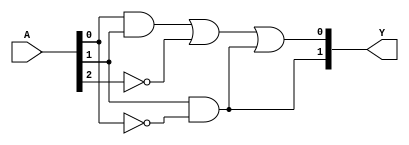
module MaskedPAL (
    input wire [N-1:0] A,      // Input lines (N inputs)
    output wire [M-1:0] Y      // Output lines (M outputs)
);

// Parameters
parameter N = 3; // Number of inputs (A, B, C, ...)
parameter M = 2; // Number of outputs

// Programmable AND array
// Each AND gate can be programmed to connect to any combination of inputs or their complements
wire [N-1:0] and_out [0:M-1]; // AND gate outputs

// Example of programmable connections for AND gates
// You can modify these connections based on your specific requirements
assign and_out[0] = (A[0] & A[1]) | (~A[2]); // AND gate 0
assign and_out[1] = (A[1] & ~A[0]);         // AND gate 1

// Fixed OR array
// Each output is the OR of selected AND gate outputs
assign Y[0] = and_out[0] | and_out[1]; // Output 0
assign Y[1] = and_out[1];              // Output 1

endmodule